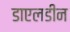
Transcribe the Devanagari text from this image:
डाएलडीन